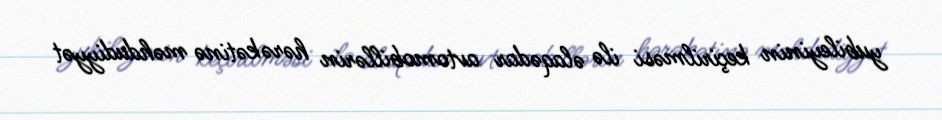
yubileyinin keçirilməsi ilə əlaqədar avtomobillərin hərəkətinə məhdudiyyət